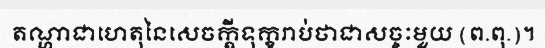
តណ្ហាជាហេតុនៃសេចក្តីទុក្ខរាប់ថាជាសច្ចៈមួយ (ព.ពុ.)។